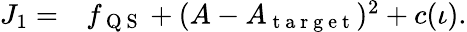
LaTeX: \begin{array}{rl}{J_{1}=}&{{}f_{\mathrm{~Q~S~}}+(A-A_{\mathrm{~t~a~r~g~e~t~}})^{2}+c(\iota).}\end{array}